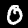
Digit: 0